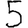
Digit: 5